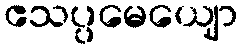
ဧသပ္ပမေယျော